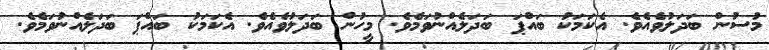
މުސުން ބަދަލުވެއެވެ. އެކަމަކު ބައްޕަ ބަދަލެއްނުވަމެވެ. މީހުން ބަދަލުވެއެވެ. އެކަމަކު ބައްޕަ ބަދަލެއްނުވަމެވެ.